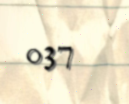
037